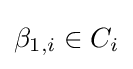
\beta _{1,i}\in C_{i}